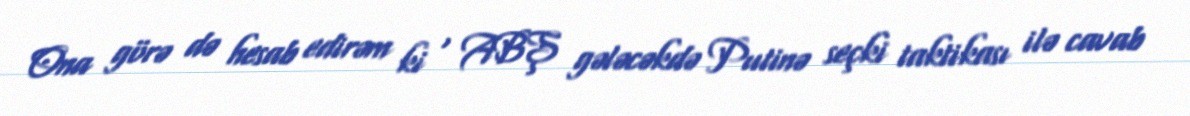
Ona görə də hesab edirəm ki , ABŞ gələcəkdə Putinə seçki taktikası ilə cavab